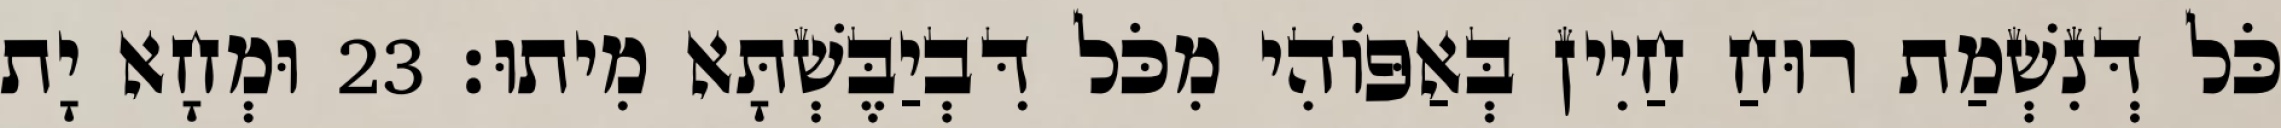
כֹּל דְּנִשְׁמַת רוּחַ חַיִין בְּאַפּוֹהִי מִכֹּל דִּבְיַבֶּשְׁתָּא מִיתוּ׃ 23 וּמְחָא יָת